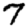
Digit: 7